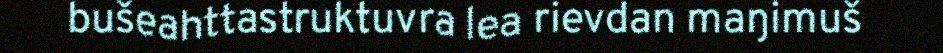
bušeahttastruktuvra lea rievdan maŋimuš